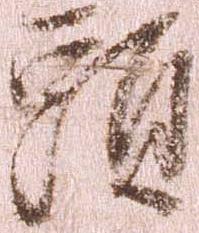
頭